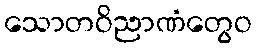
သောတဝိညာဏံတွေဝ